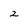
Character: 2